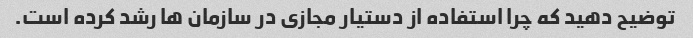
توضیح دهید که چرا استفاده از دستیار مجازی در سازمان ها رشد کرده است.